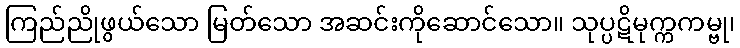
ကြည်ညိုဖွယ်သော မြတ်သော အဆင်းကိုဆောင်သော။ သုပ္ပဋိမုက္ကကမ္ဗု၊